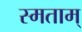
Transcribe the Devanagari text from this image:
स्मताम्